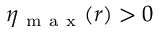
\eta _ { \mathrm { ~ m ~ a ~ x ~ } } ( r ) > 0